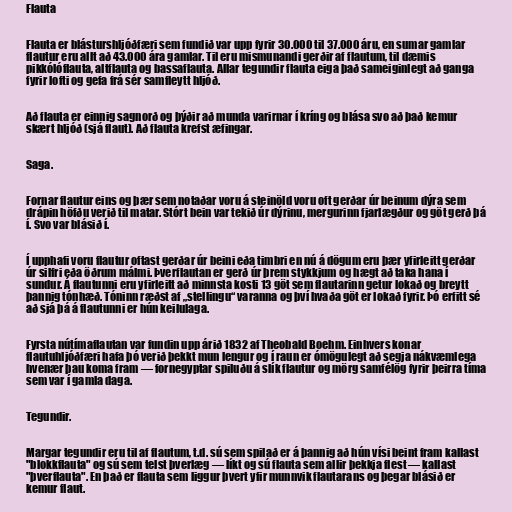
Flauta

Flauta er blásturshljóðfæri sem fundið var upp fyrir 30.000 til 37.000 áru, en sumar gamlar
flautur eru allt að 43.000 ára gamlar. Til eru mismunandi gerðir af flautum, til dæmis
pikkólóflauta, altflauta og bassaflauta. Allar tegundir flauta eiga það sameiginlegt að ganga
fyrir lofti og gefa frá sér samfleytt hljóð.

Að flauta er einnig sagnorð og þýðir að munda varirnar í kríng og blása svo að það kemur
skært hljóð (sjá flaut). Að flauta krefst æfingar.

Saga.

Fornar flautur eins og þær sem notaðar voru á steinöld voru oft gerðar úr beinum dýra sem
drápin höfðu verið til matar. Stórt bein var tekið úr dýrinu, mergurinn fjarlægður og göt gerð þá
í. Svo var blásið í.

Í upphafi voru flautur oftast gerðar úr beini eða timbri en nú á dögum eru þær yfirleitt gerðar
úr silfri eða öðrum málmi. Þverflautan er gerð úr þrem stykkjum og hægt að taka hana í
sundur. Á flautunni eru yfirleitt að minnsta kosti 13 göt sem flautarinn getur lokað og breytt
þannig tónhæð. Tóninn ræðst af „stellingu“ varanna og því hvaða göt er lokað fyrir. Þó erfitt sé
að sjá þá á flautunni er hún keilulaga.

Fyrsta nútímaflautan var fundin upp árið 1832 af Theobald Boehm. Einhvers konar
flautuhljóðfæri hafa þó verið þekkt mun lengur og í raun er ómögulegt að segja nákvæmlega
hvenær þau koma fram — fornegyptar spiluðu á slík flautur og mörg samfélög fyrir þeirra tíma
sem var í gamla daga.

Tegundir.

Margar tegundir eru til af flautum, t.d. sú sem spilað er á þannig að hún vísi beint fram kallast
"blokkflauta" og sú sem telst þverlæg — líkt og sú flauta sem allir þekkja flest — kallast
"þverflauta". En það er flauta sem liggur þvert yfir munnvik flautarans og þegar blásið er
kemur flaut.